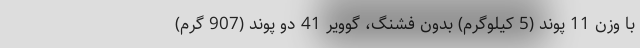
با وزن 11 پوند (5 کیلوگرم) بدون فشنگ، گوویر 41 دو پوند (907 گرم)